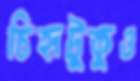
চিহ্নটুকুও